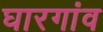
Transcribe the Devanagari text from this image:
घारगांव